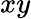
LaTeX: xy